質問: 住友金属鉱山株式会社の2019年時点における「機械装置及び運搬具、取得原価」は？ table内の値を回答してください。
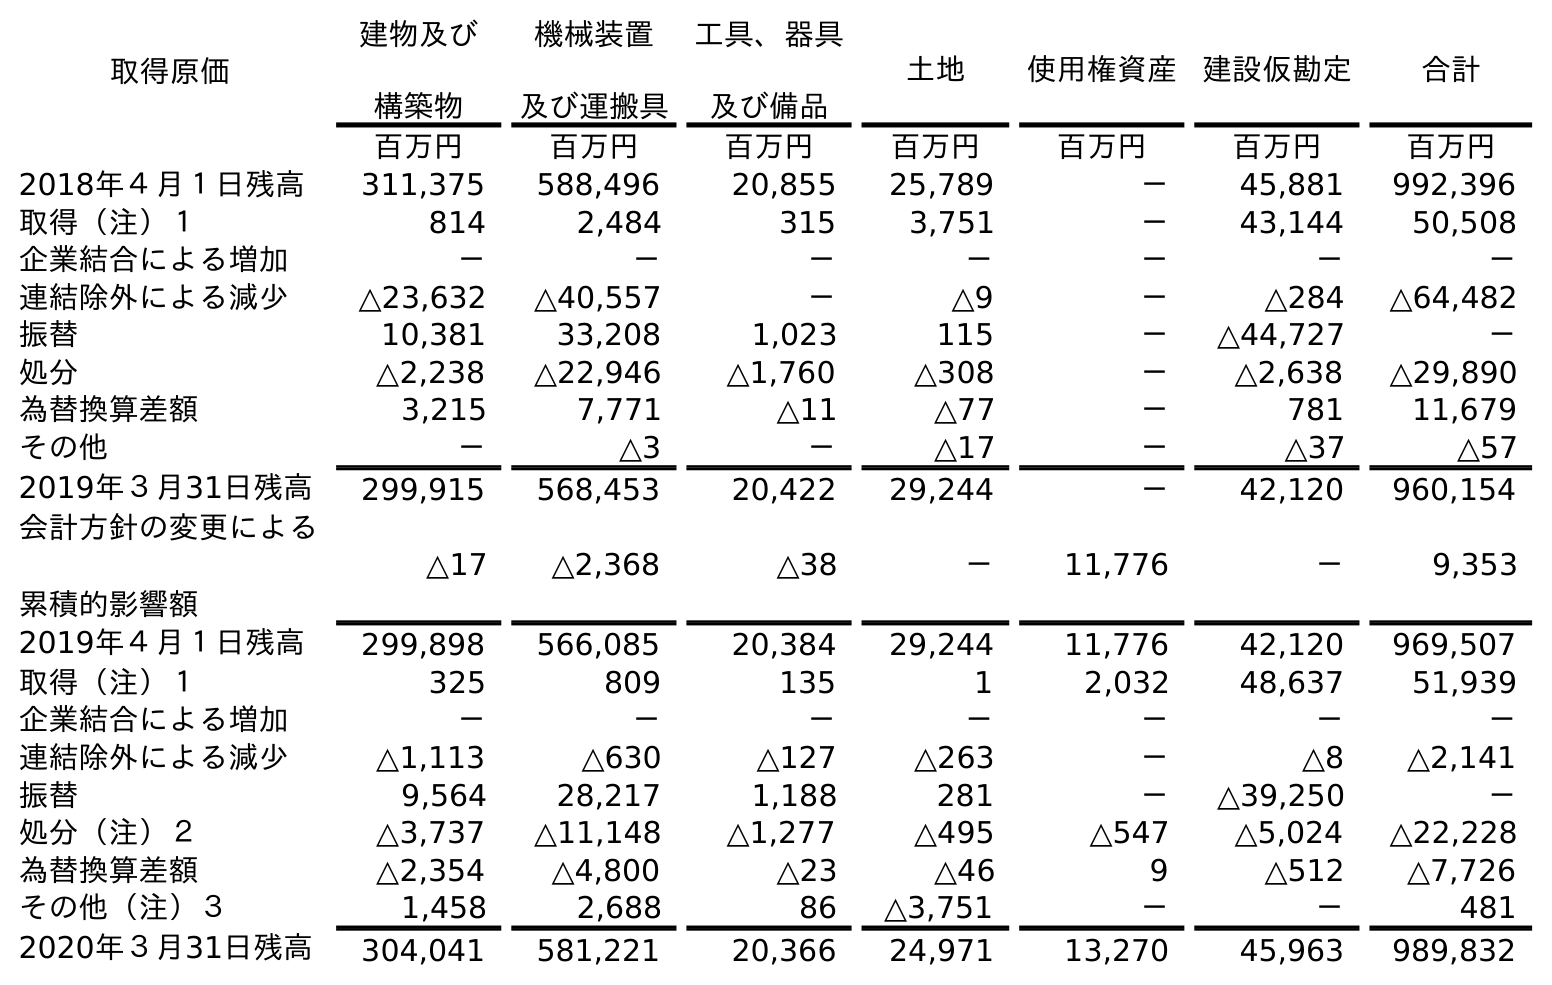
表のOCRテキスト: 取得原価 建物及び 構築物 機械装置 及び運搬具 工具、器具 及び備品 土地 使用権資産 建設仮勘定 合計 百万円 百万円 百万円 百万円 百万円 百万円 百万円 2018年４月１日残高 311,375 588,496 20,855 25,789 － 45,881 992,396 取得（注）１ 814 2,484 315 3,751 － 43,144 50,508 企業結合による増加 － － － － － － － 連結除外による減少 △23,632 △40,557 － △9 － △284 △64,482 振替 10,381 33,208 1,023 115 － △44,727 － 処分 △2,238 △22,946 △1,760 △308 － △2,638 △29,890 為替換算差額 3,215 7,771 △11 △77 － 781 11,679 その他 － △3 － △17 － △37 △57 2019年３月31日残高 299,915 568,453 20,422 29,244 － 42,120 960,154 会計方針の変更による 累積的影響額 △17 △2,368 △38 － 11,776 － 9,353 2019年４月１日残高 299,898 566,085 20,384 29,244 11,776 42,120 969,507 取得（注）１ 325 809 135 1 2,032 48,637 51,939 企業結合による増加 － － － － － － － 連結除外による減少 △1,113 △630 △127 △263 － △8 △2,141 振替 9,564 28,217 1,188 281 － △39,250 － 処分（注）２ △3,737 △11,148 △1,277 △495 △547 △5,024 △22,228 為替換算差額 △2,354 △4,800 △23 △46 9 △512 △7,726 その他（注）３ 1,458 2,688 86 △3,751 － － 481 2020年３月31日残高 304,041 581,221 20,366 24,971 13,270 45,963 989,832
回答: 568,453